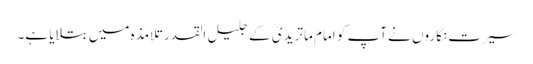
سیرت نگاروں نے آپ کو امام ماتریدیؒ کے جلیل القدر تلامذہ میں بتلایا ہے۔